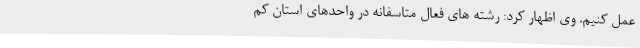
عمل کنیم. وی اظهار کرد: رشته های فعال متاسفانه در واحدهای استان کم